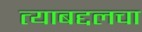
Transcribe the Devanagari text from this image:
त्याबद्दलचा